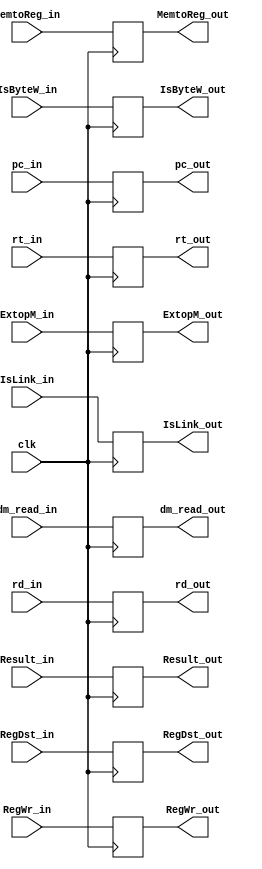
module MEM_WRseg (
    clk,pc_in,Result_in,rt_in,rd_in,
    RegDst_in,MemtoReg_in,RegWr_in,ExtopM_in,IsLink_in,IsByteW_in,
    dm_read_in,
    pc_out,Result_out,rt_out,rd_out,
    RegDst_out,MemtoReg_out,RegWr_out,ExtopM_out,IsLink_out,IsByteW_out,
    dm_read_out
);

input clk;
input RegDst_in,MemtoReg_in,RegWr_in,ExtopM_in,IsLink_in,IsByteW_in;
input[4:0] rt_in,rd_in;
input[31:0] pc_in,Result_in;
input[31:0] dm_read_in;
output reg RegDst_out,MemtoReg_out,RegWr_out,ExtopM_out,IsLink_out,IsByteW_out;
output reg[4:0] rt_out,rd_out;
output reg[31:0] pc_out,Result_out;
output reg[31:0] dm_read_out;

always @(negedge clk) begin
    pc_out<=pc_in;
    rt_out<=rt_in;
    rd_out<=rd_in;
    Result_out<=Result_in;
    RegDst_out<=RegDst_in;
    MemtoReg_out<=MemtoReg_in;
    RegWr_out<=RegWr_in;
    ExtopM_out<=ExtopM_in;
    IsLink_out<=IsLink_in;
    IsByteW_out<=IsByteW_in;
    dm_read_out<= dm_read_in;
end

endmodule